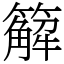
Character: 䉏